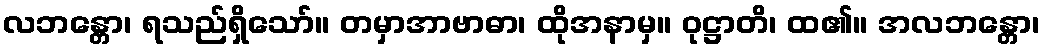
လဘန္တော၊ ရသည်ရှိသော်။ တမှာအာဗာဓာ၊ ထိုအနာမှ။ ဝုဋ္ဌာတိ၊ ထ၏။ အလဘန္တော၊